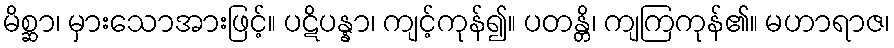
မိစ္ဆာ၊ မှားသောအားဖြင့်။ ပဋိပန္နာ၊ ကျင့်ကုန်၍။ ပတန္တိ၊ ကျကြကုန်၏။ မဟာရာဇ၊